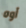
أوه